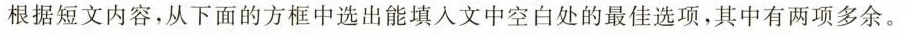
据短文内容,从下面的方框中选出能填入文中空白处的最佳选项,其中有两项多余.